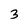
Character: 3